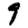
Digit: 9